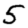
Digit: 5